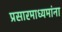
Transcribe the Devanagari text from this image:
प्रसारमाध्यमांना